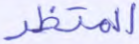
المحتظر